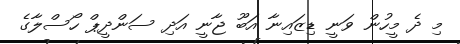
މި ދެ މީހުން ވަނީ ޑިޒައިނާ އަބޫ ޖާނީ އަދި ސަންދީޕް ހޯސްލާގެ